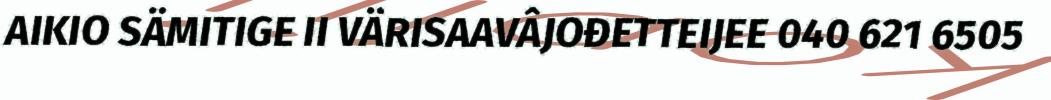
AIKIO SÄMITIGE II VÄRISAAVÂJOĐETTEIJEE 040 621 6505